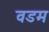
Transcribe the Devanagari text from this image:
वडम